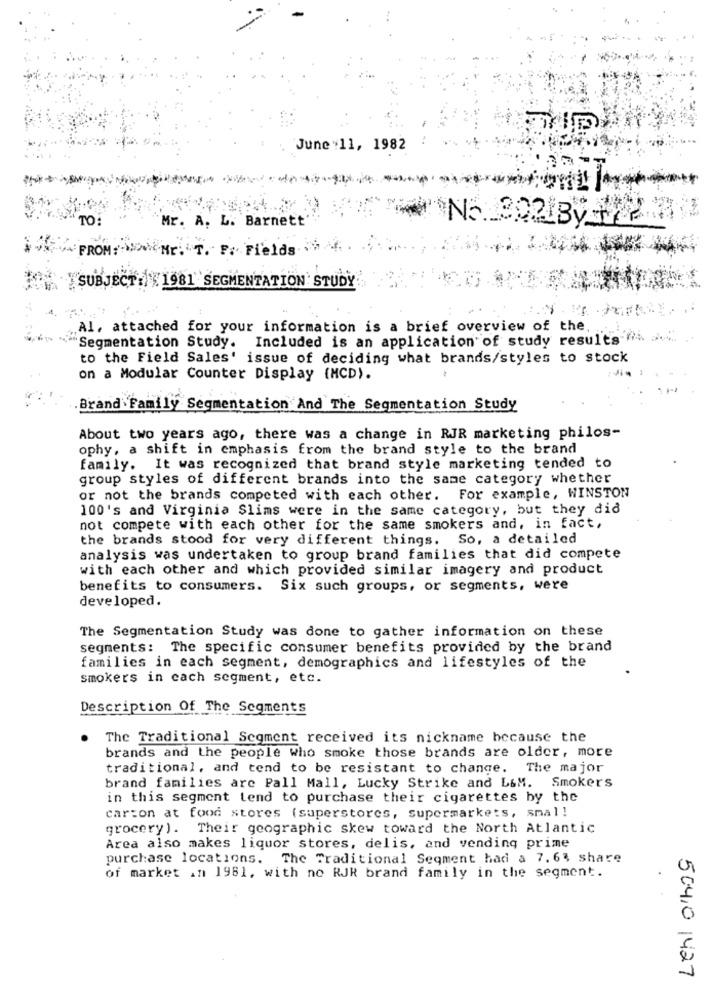
June :11, 1982
TO:
Mr. A. L. Barnett'
N5_2021By
FROM: Mr. T. F. Fields
SUBJECT: 1981 SEGMENTATION STUDY
Al, attached for your information is a brief overview of the.
"Segmentation Study. Included is an application of study results . a.
to the Field Sales' issue of deciding what brands/styles to stock
on a Modular Counter Display (MCD).
.Brand Family Segmentation And The Segmentation Study
About two years ago, there was a change in RJR marketing philos-
ophy, a shift in emphasis from the brand style to the brand
family. It was recognized that brand style marketing tended to
group styles of different brands into the same category whether
or not the brands competed with each other. For example, WINSTON
100's and Virginia Slims were in the same category, but they did
not compete with each other for the same smokers and, in fact,
the brands stood for very different things. So, a detailed
analysis was undertaken to group brand families that did compete
with each other and which provided similar imagery and product
benefits to consumers. Six such groups, or segments, were
developed.
The Segmentation Study was done to gather information on these
segments: The specific consumer benefits provided by the brand
families in each segment, demographics and lifestyles of the
smokers in each segment, etc.
Description Of The Segments
The Traditional Segment received its nickname because the
brands and the people who smoke those brands are older, more
traditional, and tend to be resistant to change. The major
brand families are Pall Mall, Lucky Strike and L&M. Smokers
in this segment tend to purchase their cigarettes by the
carton at food stores (superstores, supermarkets, smal!
grocery). Their geographic skew toward the North Atlantic
Area also makes liquor stores, delis, and vending prime
purchase locations. The Traditional Segment had a 7. 63 share
of market in 1981, with no RJR brand family in the segment.
504,0 1427